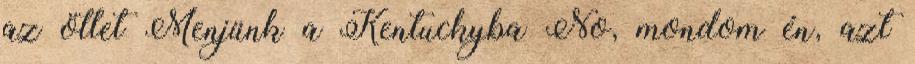
az ötlet Menjünk a Kentuckyba No, mondom én, azt